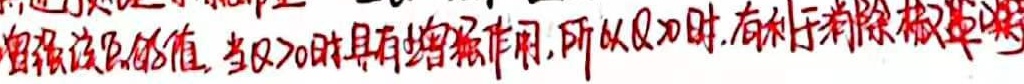
增强该点的值，当\(k>0\)时具有增强作用，所以当\(k > 0\)时，有利于消除椒盐噪声。